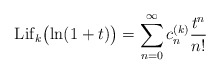
\begin{align*} {\rm Lif}_k\bigl(\ln(1+t)\bigr)=\sum_{n=0}^\infty c_n^{(k)}\frac{t^n}{n!} \end{align*}